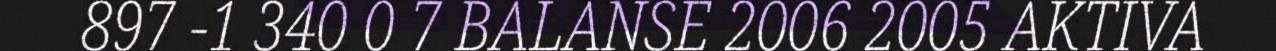
897 -1 340 0 7 BALANSE 2006 2005 AKTIVA